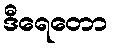
ဒီရေတော